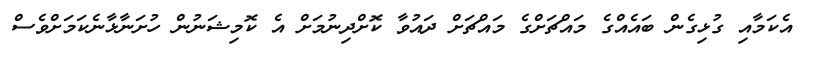
އެކަމާއި ގުޅިގެން ބައެއްގެ މައްޗަށްގެ މައްޗަށް ދައުވާ ކޮށްދިނުމަށް އެ ކޮމިޝަނުން ހުށަނާޅާނެކަމަށްވެސް